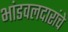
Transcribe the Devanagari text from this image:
भांडवलदारांचे